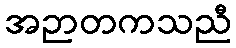
အဉာတကသညီ